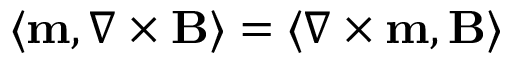
\langle \mathbf { m } , \nabla \times \mathbf { B } \rangle = \langle \nabla \times \mathbf { m } , \mathbf { B } \rangle